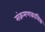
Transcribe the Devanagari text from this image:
संक्रमणकालिक